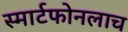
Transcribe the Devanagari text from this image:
स्मार्टफोनलाच